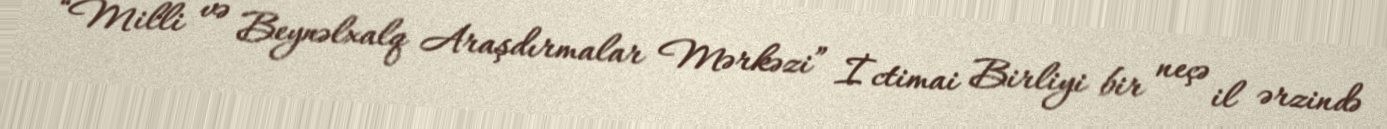
“Milli və Beynəlxalq Araşdırmalar Mərkəzi” İctimai Birliyi bir neçə il ərzində